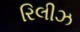
રિલીઝ